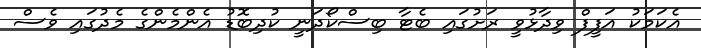
އެކަމަކު އަފީފް ވިދާޅުވީ ރަށުގައި ބެޓާ ބިސްކޯދަނީ ކުދިބޮޑު އެންމެންގެ މެދުގައި ވެސް